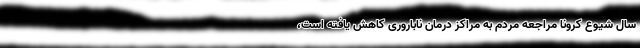
سال شیوع کرونا مراجعه مردم به مراکز درمان ناباروری کاهش یافته است،‌